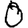
Digit: 0